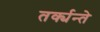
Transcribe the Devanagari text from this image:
तर्क्यन्ते